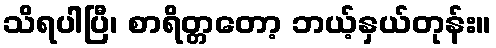
သိရပါပြီ၊ စာရိတ္တတော့ ဘယ့်နှယ်တုန်း။